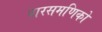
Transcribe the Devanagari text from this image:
पारसमणिको